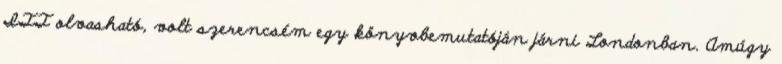
ITT olvasható, volt szerencsém egy könyvbemutatóján járni Londonban. Amúgy